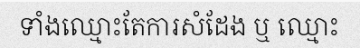
ទាំងឈ្មោះតែការសំដែង ឬ ឈ្មោះ